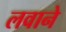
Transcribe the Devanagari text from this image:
लवाने